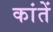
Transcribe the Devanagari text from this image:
कांतें